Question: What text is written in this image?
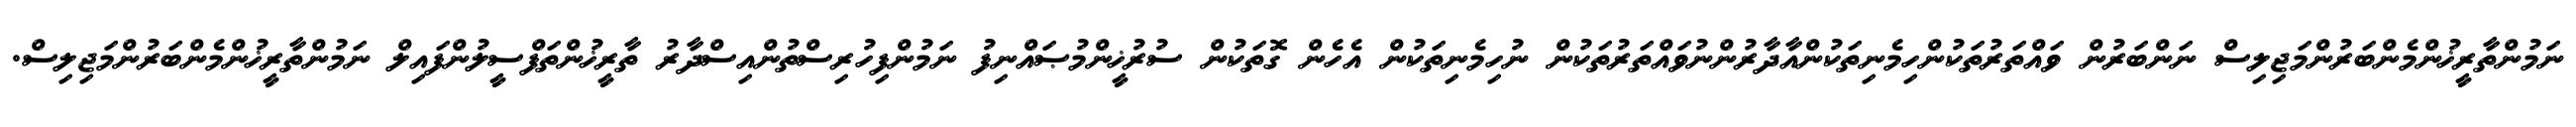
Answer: ނަމުންތާރީޚުންމެންބަރުންމަޖިލިސް ނަންބަރުން ވައްތަރުތަކުންހިމެނިތަކުންއާދާރުންނުވައްތަރުތަކުން ނުހިމެނިތަކުން އެހެން ގޮތަކުން ސުރުޚީންމުޞައްނިފު ނަމުންފިހުރިސްތުންއިސްދާރު ތާރީޚުންތަފްސީލުންފައިލް ނަމުންތާރީޚުންމެންބަރުންމަޖިލިސް.